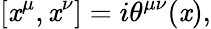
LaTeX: [\mathit{x}^{\mu},\mathit{x}^{\nu}]=i\theta^{\mu\nu}(\mathit{x}),